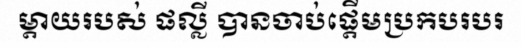
ម្តាយរបស់ ផល្លី បានចាប់ផ្តើមប្រកបរបរ